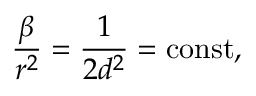
\frac { \beta } { r ^ { 2 } } = \frac 1 { 2 d ^ { 2 } } = \mathrm { c o n s t } ,